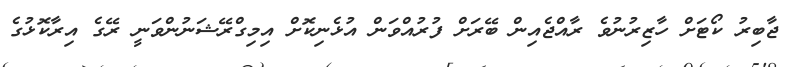
ޖާބިރު ކޯޓަށް ހާޒިރުނުވެ ރާއްޖެއިން ބޭރަށް ފުރުއްވަން އުޅެނިކޮށް އިމިގްރޭޝަނުންވަނީ ރޭގެ އިރާކޮޅުގެ